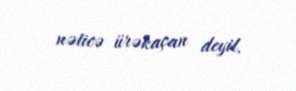
nəticə ürəkaçan deyil.